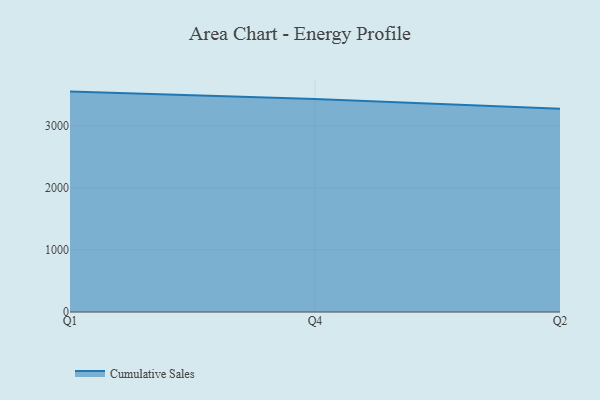
{"axis": {"x": "Quarter", "y": "Operating Costs (USD K)"}, "legend": ["Cumulative Sales"], "data": [{"x": "Q1", "y": 3547.6, "type": "Cumulative Sales"}, {"x": "Q4", "y": 3428.5, "type": "Cumulative Sales"}, {"x": "Q2", "y": 3273.1, "type": "Cumulative Sales"}]}